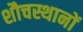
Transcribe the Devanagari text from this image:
शौचस्थानों